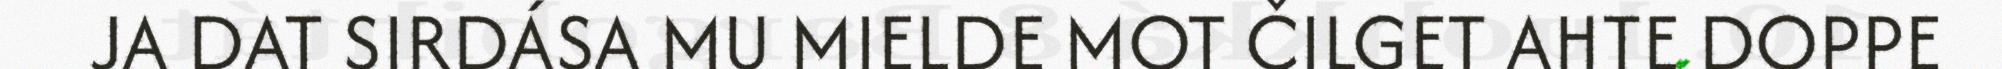
JA DAT SIRDÁSA MU MIELDE MOT ČILGET AHTE DOPPE